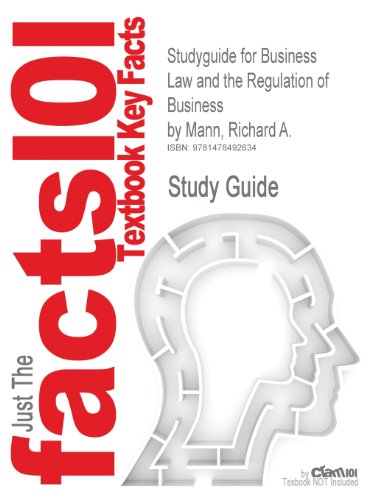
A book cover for Studyguide for Business Law and the Regulation of Business by Mann, Richard A.; Cram101 Textbook Reviews; Law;